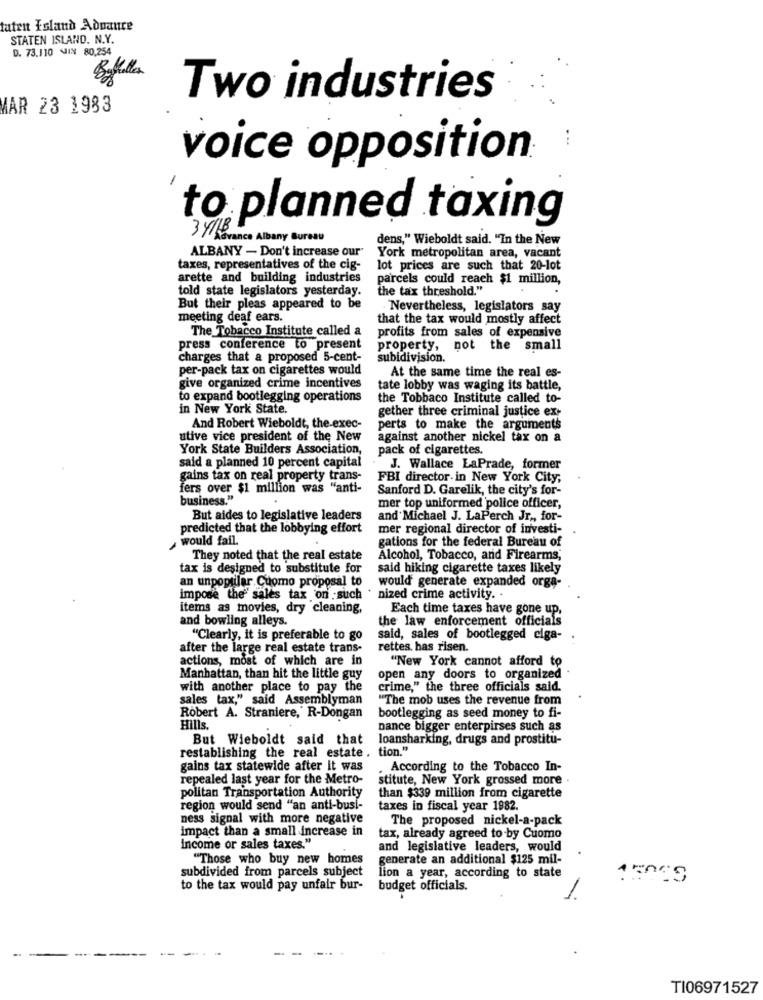
taten Island Advance
STATEN ISLAND. N.Y.
D. 73.110 JIN 80,254
Botella
Two industries
AAR 23 1983
voice opposition
-
to planned taxing
3 4 Savance Albany Bureau
dens," Wieboldt said. "In the New
ALBANY - Don't increase our"
York metropolitan area, vacant
taxes, representatives of the cig-
lot prices are such that 20-lot
arette and building industries
parcels could reach $1 million,
told state legislators yesterday.
the tax threshold."
But their pleas appeared to be
Nevertheless, legislators say
meeting deaf ears.
that the tax would mostly affect
The Tobacco Institute called a
profits from sales of expensive
press conference to present
property,
not the small
charges that a proposed 5-cent-
subidivision.
per-pack tax on cigarettes would
At the same time the real es-
give organized crime incentives
tate lobby was waging its battle,
to expand bootlegging operations
the Tobbaco Institute called to-
in New York State.
gether three criminal justice ex-
And Robert Wieboldt, the exec-
perts to make the arguments
utive vice president of the New
against another nickel tax on a
York State Builders Association,
pack of cigarettes.
said a planned 10 percent capital
. J. Wallace LaPrade, former
gains tax on real property trans-
FBI director. in New York City,
fers over $1 million was "anti-
Sanford D. Garelik, the city's for-
business."
.
mer top uniformed police officer,
But aides to legislative leaders
and Michael J. LaPerch Jr ., for-
predicted that the lobbying effort
mer regional director of investi-
would fail.
gations for the federal Bureau of
They noted that the real estate
Alcohol, Tobacco, and Firearms;
tax is designed to substitute for
said hiking cigarette taxes likely
an unpoptilar Cuomo proposal to
would generate expanded orga-
impose the sales tax on such
nized crime activity. .
items as movies, dry cleaning,
Each time taxes have gone up.
and bowling alleys.
the law enforcement officials
"Clearly, it is preferable to go
said, sales of bootlegged ciga-
after the large real estate trans-
rettes, has risen.
actions, most of which are in
"New York cannot afford to
Manhattan, than hit the little guy
open any doors to organized
with another place to pay the
crime," the three officials said.
sales tax," said Assemblyman
"The mob uses the revenue from
bootlegging as seed money to fi-
Robert A. Straniere, R-Dongan
Hills.
nance bigger enterpirses such as
But Wieboldt said that
loansharking, drugs and prostitu-
restablishing the real estate . tion."
gains tax statewide after it was
. According to the Tobacco In-
repealed last year for the Metro-
stitute, New York grossed more
politan Transportation Authority
than $339 million from cigarette
region would send "an anti-busi-
taxes in fiscal year 1982.
ness signal with more negative
The proposed nickel-a-pack
impact than a small increase in
tax, already agreed to-by Cuomo
income or sales taxes."
and legislative leaders, would
"Those who buy new homes
generate an additional $125 mil-
subdivided from parcels subject
lion a year, according to state
to the tax would pay unfair bur-
budget officials.
...
TI06971527